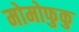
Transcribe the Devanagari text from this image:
मोमोफुकु